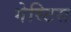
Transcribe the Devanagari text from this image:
गेस्टिस